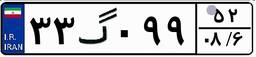
۳۳گ۰۹۹۵۲